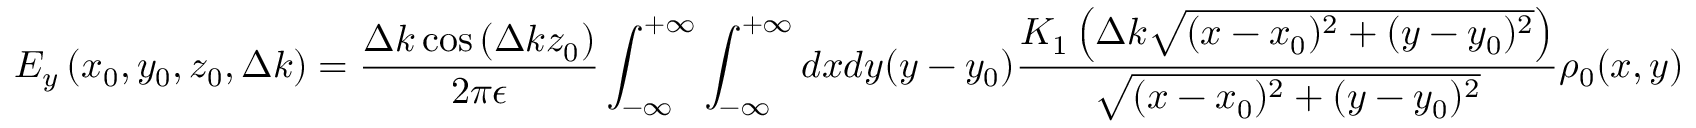
E _ { y } \left( x _ { 0 } , y _ { 0 } , z _ { 0 } , \Delta k \right) = \frac { \Delta k \cos \left( \Delta k z _ { 0 } \right) } { 2 \pi \epsilon } \int _ { - \infty } ^ { + \infty } \int _ { - \infty } ^ { + \infty } d x d y ( y - y _ { 0 } ) \frac { K _ { 1 } \left( \Delta k \sqrt { ( x - x _ { 0 } ) ^ { 2 } + ( y - y _ { 0 } ) ^ { 2 } } \right) } { \sqrt { ( x - x _ { 0 } ) ^ { 2 } + ( y - y _ { 0 } ) ^ { 2 } } } \rho _ { 0 } ( x , y )